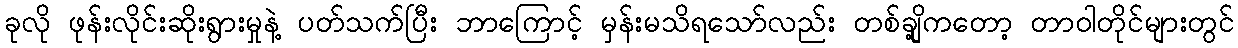
ခုလို ဖုန်းလိုင်းဆိုးရွားမှုနဲ့ ပတ်သက်ပြီး ဘာကြောင့် မှန်းမသိရသော်လည်း တစ်ချို့ကတော့ တာဝါတိုင်များတွင်